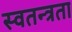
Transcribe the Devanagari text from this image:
स्‍वतन्त्रता